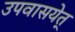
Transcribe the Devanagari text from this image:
उपवासयेत्